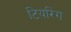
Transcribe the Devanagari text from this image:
टियरिंग